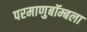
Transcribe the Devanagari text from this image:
परमाणुबॉम्बला